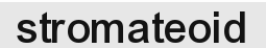
stromateoid